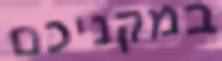
במקניכם